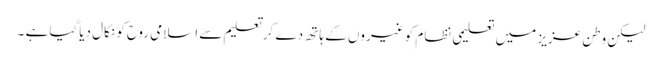
لیکن وطن عزیز میں تعلیمی نظام کو غیروں کے ہاتھ دے کر تعلیم سے اسلامی روح کو نکال دیاگیا ہے ۔